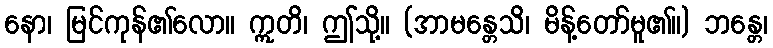
နော၊ မြင်ကုန်၏လော။ ဣတိ၊ ဤသို့။ (အာမန္တေသိ၊ မိန့်တော်မူ၏။) ဘန္တေ၊